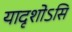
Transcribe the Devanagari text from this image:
यादृशोऽसि